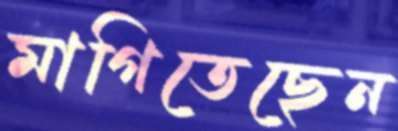
মাগিতেছেন